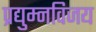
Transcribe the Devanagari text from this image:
प्रद्युम्नविजय